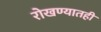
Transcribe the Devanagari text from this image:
रोखण्यातही